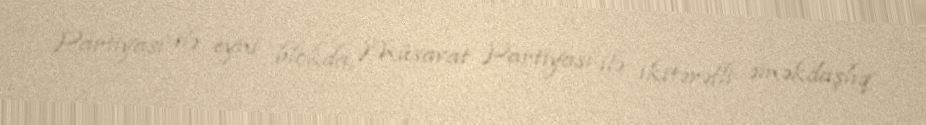
Partiyası ilə eyni blokda, Müsavat Partiyası ilə ikitərəfli əməkdaşlıq